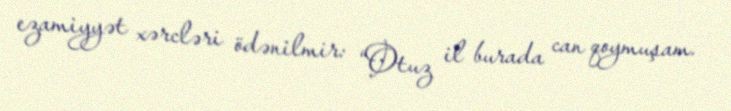
ezamiyyət xərcləri ödənilmir: “Otuz il burada can qoymuşam.